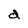
Character: d